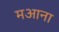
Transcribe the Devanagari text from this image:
मआना